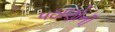
પઠાણોની